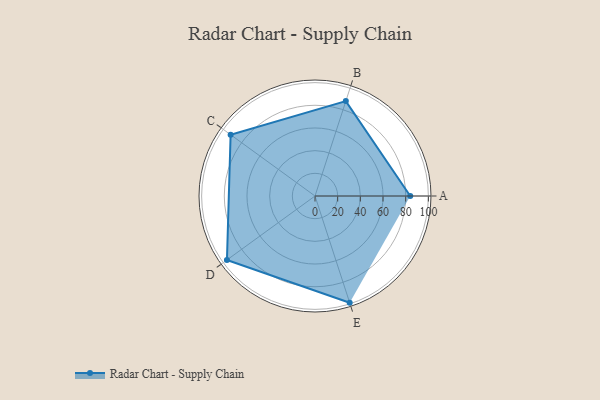
{"axis": {"x": "Skill", "y": "Score"}, "legend": ["Profile"], "data": [{"x": "A", "y": 84.0, "type": "Profile"}, {"x": "B", "y": 88.0, "type": "Profile"}, {"x": "C", "y": 92.0, "type": "Profile"}, {"x": "D", "y": 96.0, "type": "Profile"}, {"x": "E", "y": 99, "type": "Profile"}]}